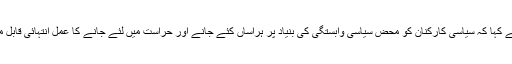
ترجمان نے کہا کہ سیاسی کارکنان کو محض سیاسی وابستگی کی بنیاد پر ہراساں کئے جانے اور حراست میں لئے جانے کا عمل انتہائی قابل مذمت ہے۔